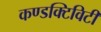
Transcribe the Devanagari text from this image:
कण्डक्टिविटी